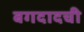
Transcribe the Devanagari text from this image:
बगदादची